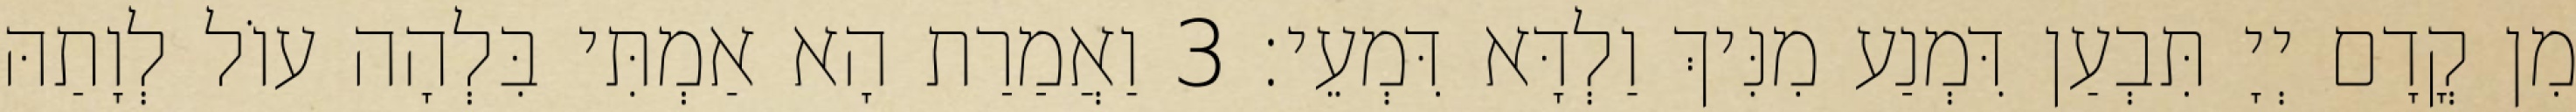
מִן קֳדָם יְיָ תִּבְעַן דִּמְנַע מִנִּיךְ וַלְדָּא דִּמְעֵי׃ 3 וַאֲמַרַת הָא אַמְתִּי בִּלְהָה עוֹל לְוָתַהּ